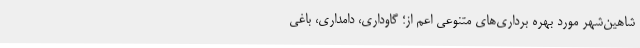
شاهین‌شهر مورد بهره برداری‌های متنوعی اعم از؛ گاوداری، دامداری، باغی